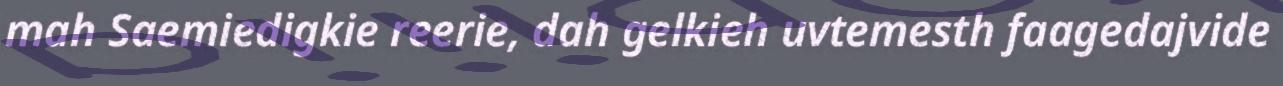
mah Saemiedigkie reerie, dah gelkieh uvtemesth faagedajvide